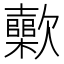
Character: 𣤷